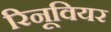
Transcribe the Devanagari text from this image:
रिनूवियर